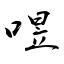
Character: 喅